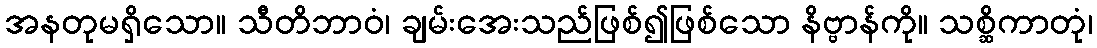
အနတုမရှိသော။ သီတိဘာဝံ၊ ချမ်းအေးသည်ဖြစ်၍ဖြစ်သော နိဗ္ဗာန်ကို။ သစ္ဆိကာတုံ၊